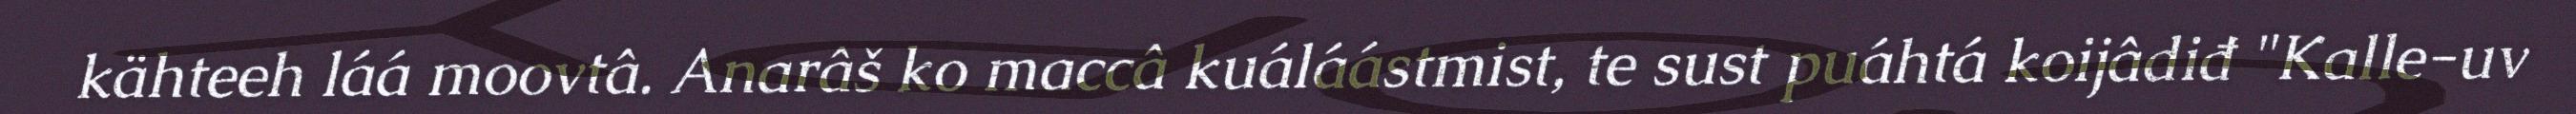
kähteeh láá moovtâ. Anarâš ko maccâ kuáláástmist, te sust puáhtá koijâdiđ "Kalle-uv